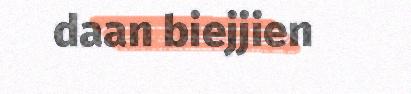
daan biejjien